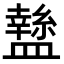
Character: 𥃁